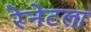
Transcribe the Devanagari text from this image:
रेनेटला